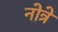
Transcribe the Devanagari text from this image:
नोत्रे